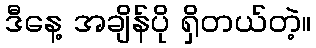
ဒီနေ့ အချိန်ပို ရှိတယ်တဲ့။